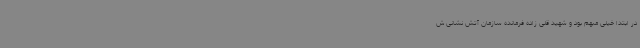
در ابتدا خیلی مبهم بود و شهید قلی زاده فرمانده سازمان آتش نشانی ش